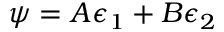
\psi = A \epsilon _ { 1 } + B \epsilon _ { 2 }